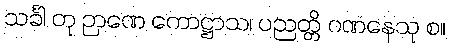
သင်္ခါ တု ဉာဏေ ကောဋ္ဌာသ၊ ပညတ္တိ ဂဏနေသု စ။